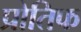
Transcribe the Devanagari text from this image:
प्रोतिफ